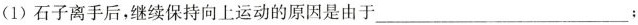
(1) 石子离手后，继续保持向上运动的原因是由于___；